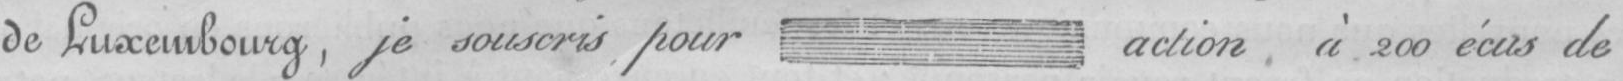
de Luxembourg, je souscris pour action, à 200 écus de